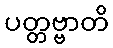
ပတ္တဗ္ဗာတိ